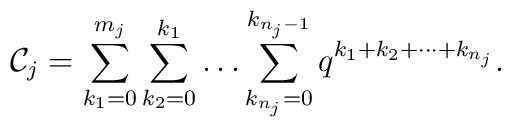
{\cal C}_j=\sum_{k_1=0}^{m_j} \sum_{k_2=0}^{k_1} \ldots\sum_{k_{n_j}=0}^{k_{n_j-1}} q^{k_1+k_2+\cdots +k_{n_j}}.